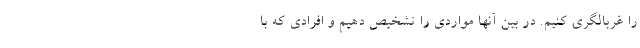
را غربالگری کنیم. در بین آنها مواردی را تشخیص دهیم و افرادی که با